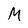
Character: M